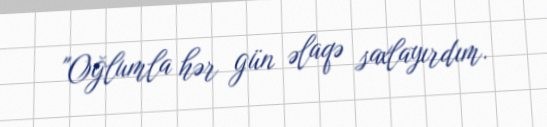
"Oğlumla hər gün əlaqə saxlayırdım.